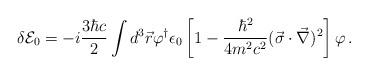
LaTeX: \begin{align*}\delta {\cal E}_0=-i\frac{3\hbar c}{2}\int d^3\vec{r}\varphi^{\dagger}\epsilon_0\left[1-\frac{\hbar^2}{4m^2 c^2}(\vec{\sigma}\cdot\vec{\nabla})^2\right]\varphi\,{.}\end{align*}